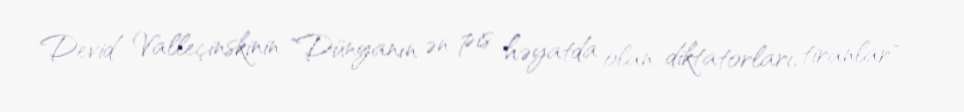
Devid Valleçinskinin "Dünyanın ən pis həyatda olan diktatorları, tiranlar"